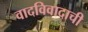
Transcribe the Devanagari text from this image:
वादविवादाची